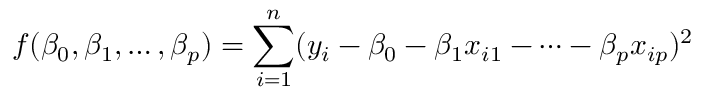
f ( \beta _ { 0 } , \beta _ { 1 } , \dots , \beta _ { p } ) = \sum _ { i = 1 } ^ { n } ( y _ { i } - \beta _ { 0 } - \beta _ { 1 } x _ { i 1 } - \dots - \beta _ { p } x _ { i p } ) ^ { 2 }